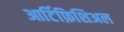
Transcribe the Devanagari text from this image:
आर्टिफ़िशिअल